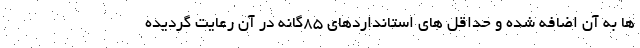
ها به آن اضافه شده و حداقل های استانداردهای ۸۵گانه در آن رعایت گردیده